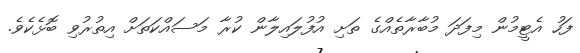
ފަހު އެޓީމުން މިފަދަ މުބާރާތެއްގެ ތަށި އުުފުލައިލާން ކުރާ މަސައްކަތަށް އިތުރުވި ބޮޅެކެވެ.